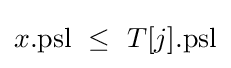
x{.}{\text{psl}}\ \leq \ T[j]{.}{\text{psl}}